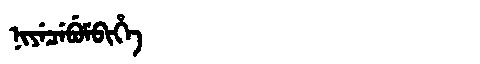
Manchu: ᠨᡳᠶᡝᠴᡝᠪᡠᠮᠪᡳᡥᡝ
Romanization: NIYECEBUMBIHE